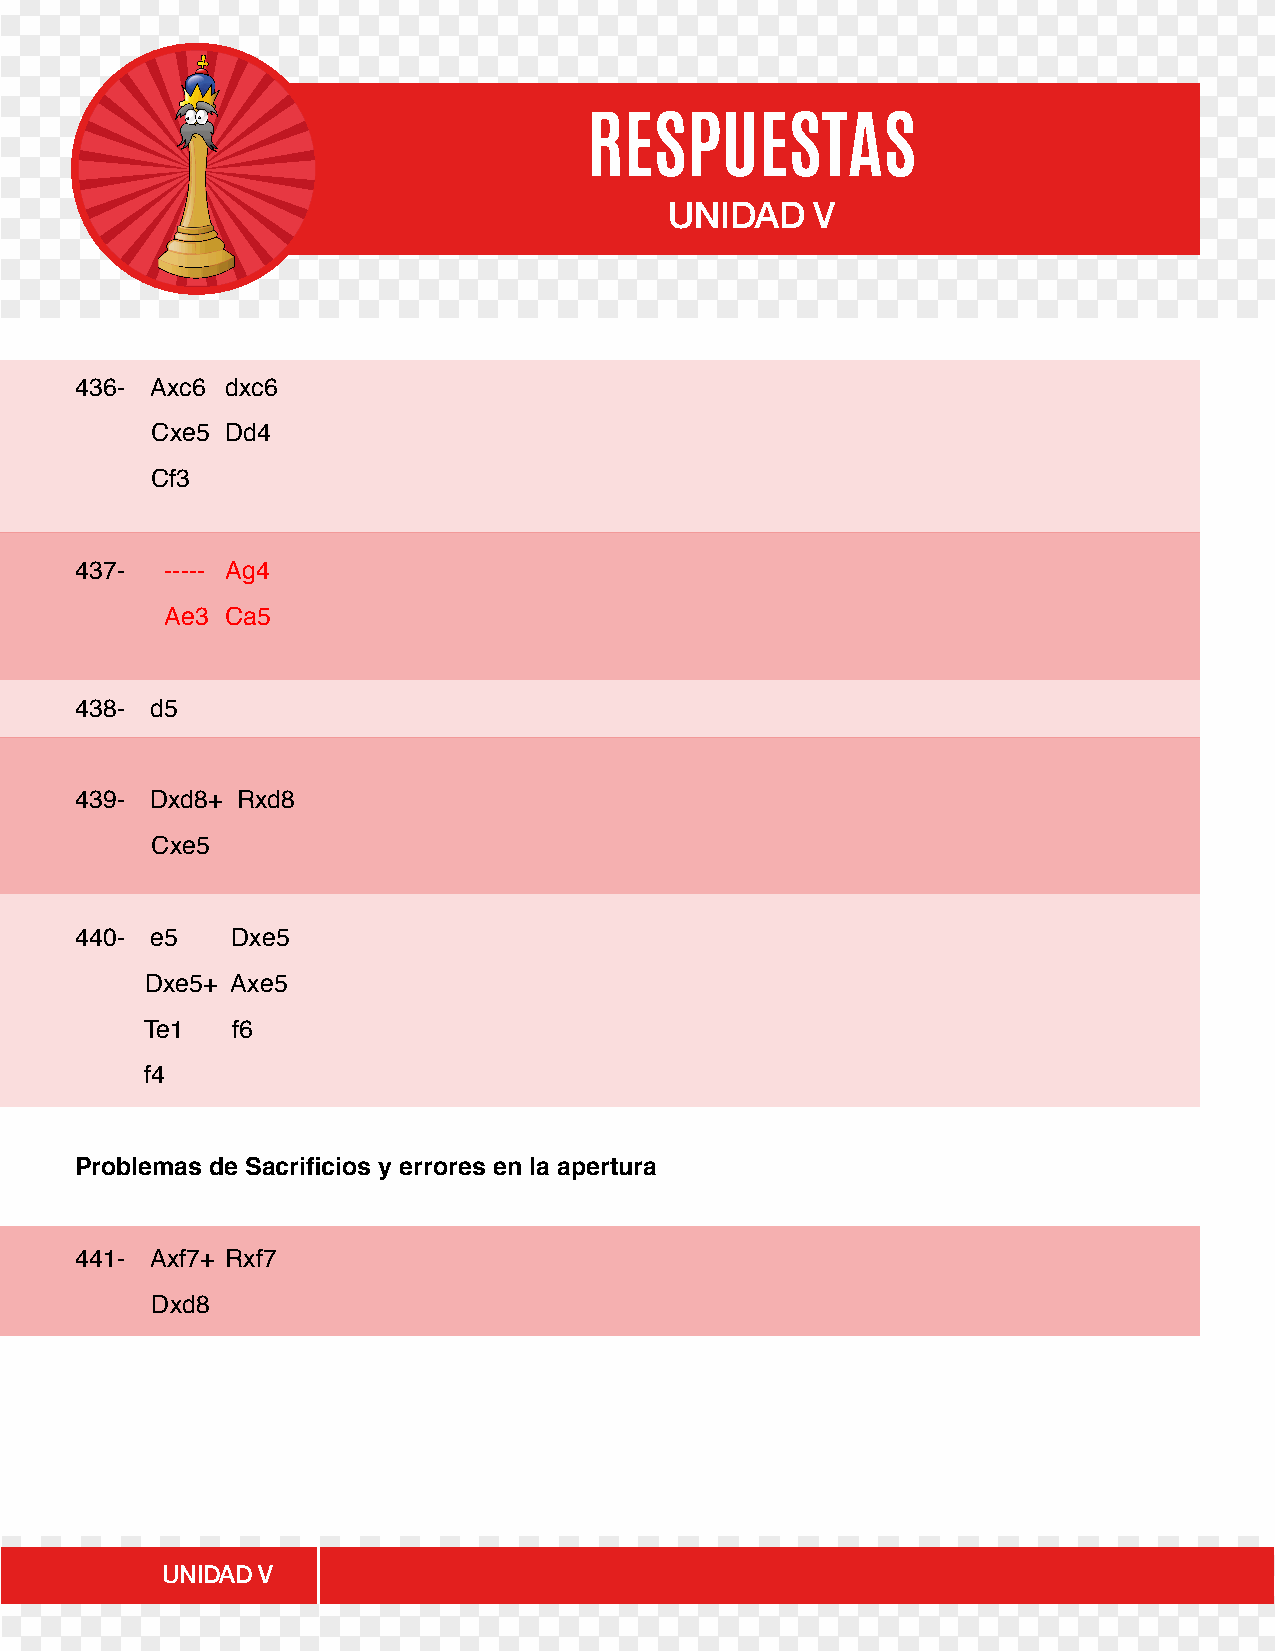
RESPUESTAS
 UNIDAD    V
 436- Axc6 dxc6
 Cxe5 Dd4
 Cf3
 437-  ----- Ag4
 Ae3 Ca5
 438- d5
 439- Dxd8+ Rxd8
 Cxe5
 440- e5   Dxe5
 Dxe5+ Axe5
 Te1  f6
 f4
 Problemas de Sacrificios y errores en la apertura
 441- Axf7+ Rxf7
 Dxd8
 UNIDAD V